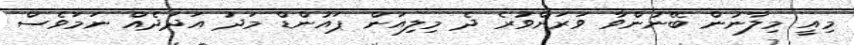
މިއީ މިލާނުން ބޭނުންވާ ވަރަށްވުރެ ދެ މިލިއަން ޕައުންޑް މަދު އަދަދެއް ނަމަވެސް